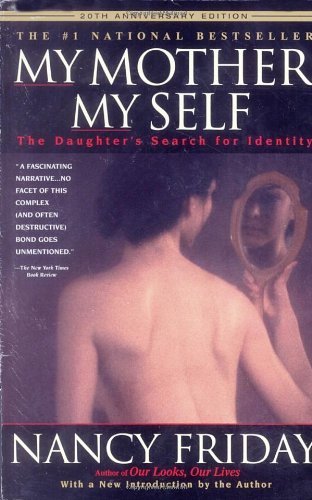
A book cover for My Mother/My Self: The Daughter's Search for Identity; Nancy Friday; Parenting & Relationships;